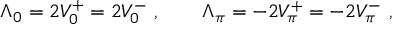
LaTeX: \Lambda _ { 0 } = 2 V _ { 0 } ^ { + } = 2 V _ { 0 } ^ { - } \ , \qquad \Lambda _ { \pi } = - 2 V _ { \pi } ^ { + } = - 2 V _ { \pi } ^ { - } \ ,